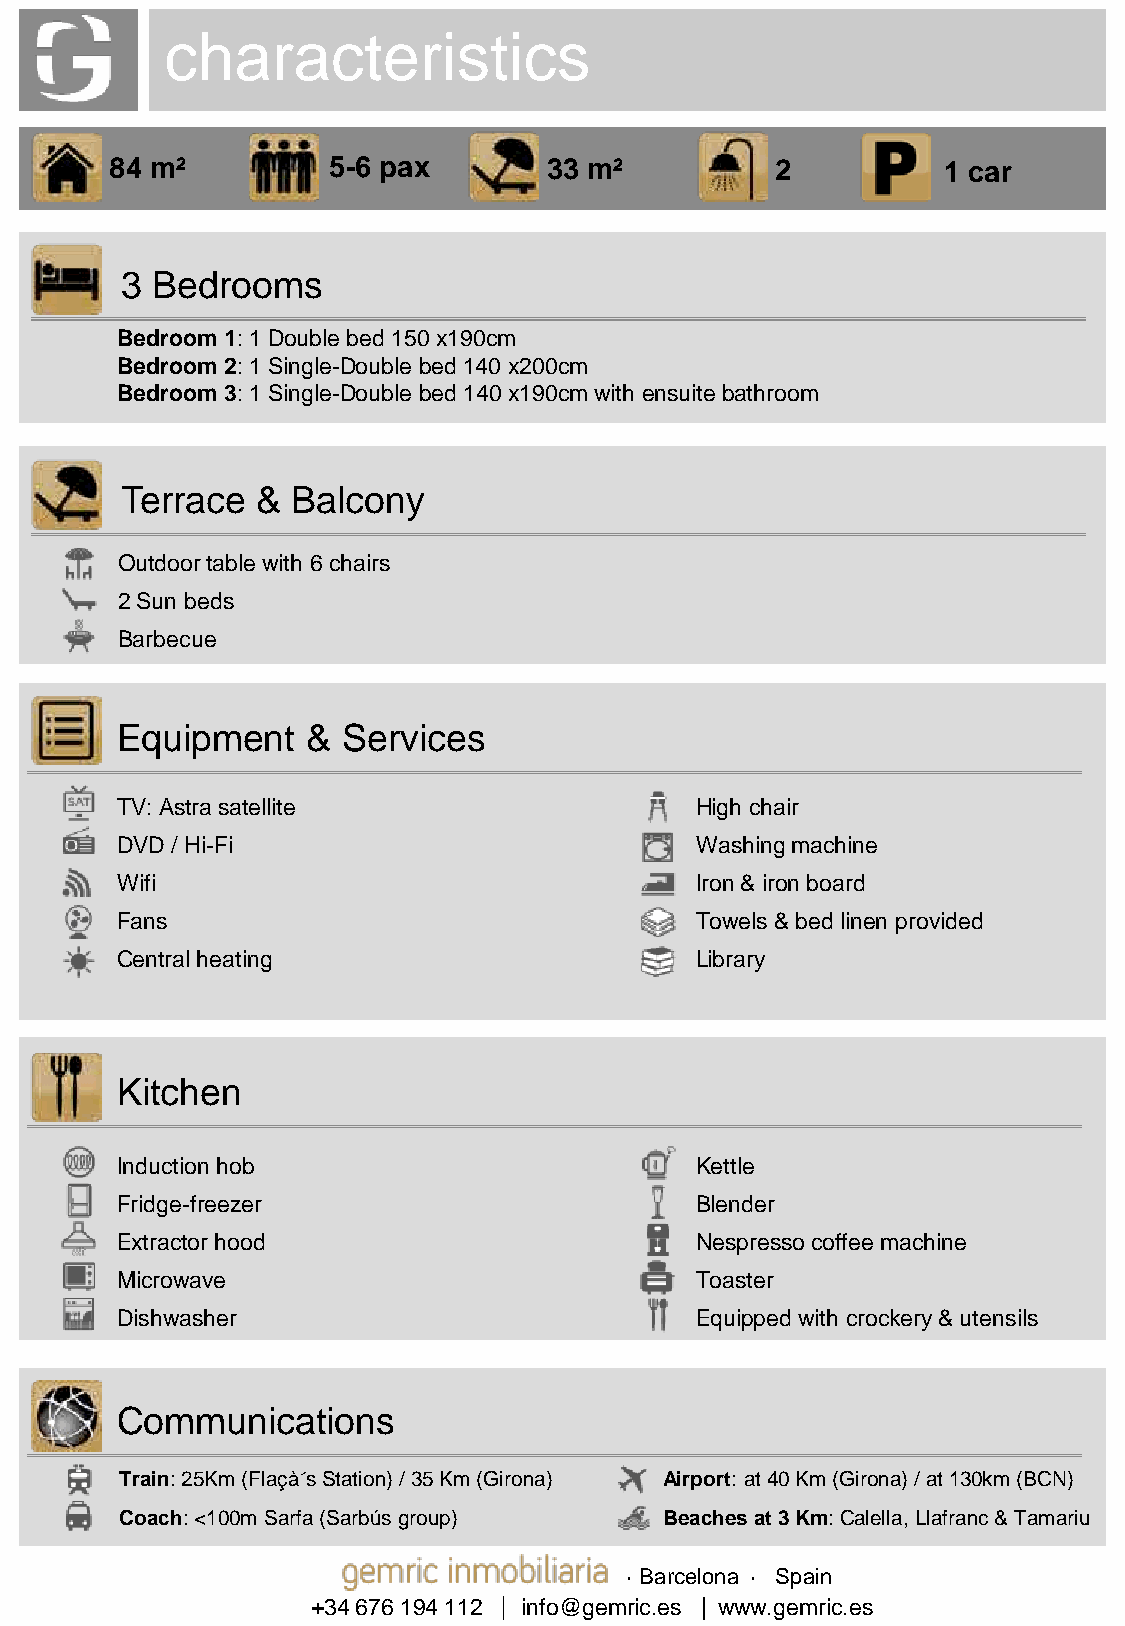
characteristics
 84 m²          5-6 pax       33 m²          2          1 car
 3 Bedrooms
 Bedroom 1: 1 Double bed 150 x190cm
 Bedroom 2: 1 Single-Double bed 140 x200cm
 Bedroom 3: 1 Single-Double bed 140 x190cm with ensuite bathroom
 Terrace  & Balcony
 Outdoor table with 6 chairs
 2 Sun beds
 Barbecue
 Equipment   &  Services
 TV: Astra satellite                   High chair
 DVD / Hi-Fi                           Washing machine
 Wifi                                  Iron & iron board
 Fans                                  Towels & bed linen provided
 Central heating                       Library
 Kitchen
 Induction hob                         Kettle
 Fridge-freezer                        Blender
 Extractor hood                        Nespresso coffee machine
 Microwave                             Toaster
 Dishwasher                            Equipped with crockery & utensils
 Communications
 Train: 25Km (Flaçà´s Station) / 35 Km (Girona) Airport: at 40 Km (Girona) / at 130km (BCN)
 Coach: <100m Sarfa (Sarbús group)   Beaches at 3 Km: Calella, Llafranc & Tamariu
 · Barcelona · Spain
 +34 676 194 112 info@gemric.es www.gemric.es